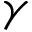
\gamma